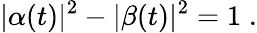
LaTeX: |\alpha(t)|^{2}-|\beta(t)|^{2}=1\; .